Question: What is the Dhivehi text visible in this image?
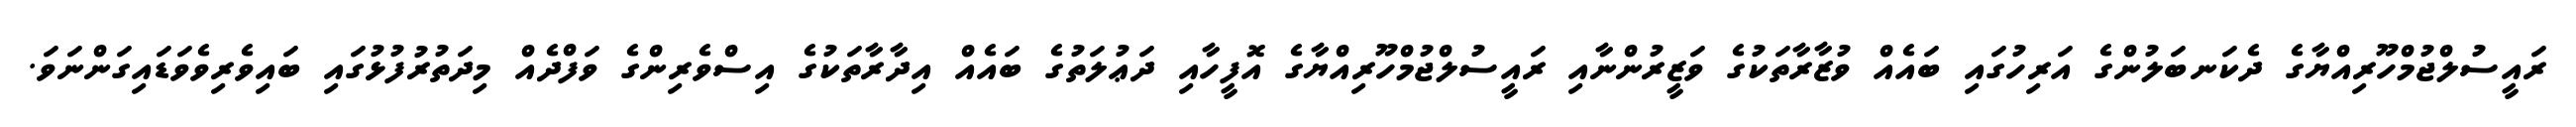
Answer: ރައީސުލްޖުމްހޫރިއްޔާގެ ދެކަނބަލުންގެ އަރިހުގައި ބައެއް ވުޒާރާތަކުގެ ވަޒީރުންނާއި ރައީސުލްޖުމްހޫރިއްޔާގެ އޮފީހާއި ދަޢުލަތުގެ ބައެއް އިދާރާތަކުގެ އިސްވެރިންގެ ވަފްދެއް މިދަތުރުފުޅުގައި ބައިވެރިވެވަޑައިގަންނަވަ.